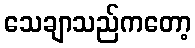
သေချာသည်ကတော့